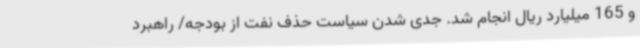
و 165 میلیارد ریال انجام شد. جدی شدن سیاست حذف نفت از بودجه/ راهبرد